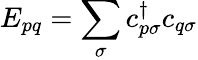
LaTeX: E_{pq}=\sum_{\sigma}c_{p\sigma}^{\dagger}c_{q\sigma}